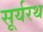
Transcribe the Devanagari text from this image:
सूर्यरथ